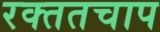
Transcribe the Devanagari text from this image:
रक्ततचाप